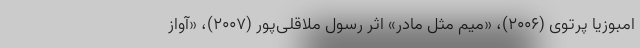
امبوزیا پرتوی (۲۰۰۶)، «میم مثل مادر» اثر رسول ملاقلی‌پور (۲۰۰۷)، «آواز